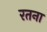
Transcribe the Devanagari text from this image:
रतना